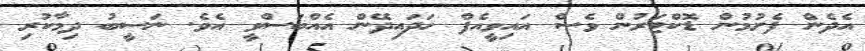
އެދެން ފެށުމުން ޑޮކްޓަރުން ވެސް އައިވީއެފް ހަދައިދޭން އެއްބަސްވީ އެވެ. ނަސީބު ދިމާކުރި